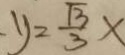
y = \frac { \sqrt { 3 } } { 3 } x